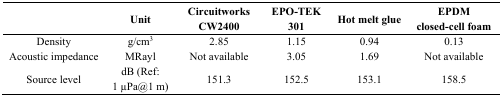
<table><thead><tr><td></td><td><b>Unit</b></td><td><b>Circuitworks CW2400</b></td><td><b>EPO-TEK 301</b></td><td><b>Hot melt glue</b></td><td><b>EPDM closed-cell foam</b></td></tr></thead><tbody><tr><td>Density</td><td>g/cm<sup>3</sup></td><td>2.85</td><td>1.15</td><td>0.94</td><td>0.13</td></tr><tr><td>Acoustic impedance</td><td>MRayl</td><td>Not available</td><td>3.05</td><td>1.69</td><td>Not available</td></tr><tr><td>Source level</td><td>dB (Ref: 1 μPa@1 m)</td><td>151.3</td><td>152.5</td><td>153.1</td><td>158.5</td></tr></tbody></table>